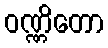
ဝဏ္ဏိတော